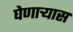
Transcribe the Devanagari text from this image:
घेणाऱ्यास